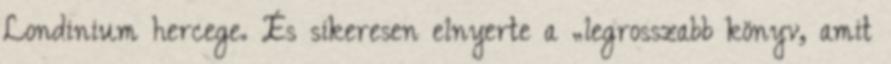
Londinium hercege. És sikeresen elnyerte a „legrosszabb könyv, amit